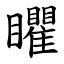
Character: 䂂